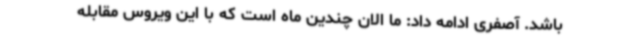
باشد. آصفری ادامه داد: ما الان چندین ماه است که با این ویروس مقابله